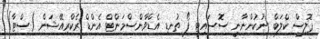
ޕޮލިސް ކްލަބް ނުކުންނާނީ ސޮސައިޓީ ފޯ ތުނޑި އެޑްވާންސްމަންޓް އެންޑް ރެކްރިއޭޝަން (ސްޓާ)